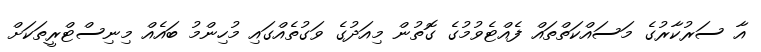
އާ ސަރުކާރުގެ މަސައްކަތްތައް ފެއްޓެވުމުގެ ގޮތުން މިއަދުގެ ވަގުތެއްގައި މުހިންމު ބައެއް މިނިސްޓްރީތަކަށް